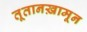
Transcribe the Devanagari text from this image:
तूतानख़ामून